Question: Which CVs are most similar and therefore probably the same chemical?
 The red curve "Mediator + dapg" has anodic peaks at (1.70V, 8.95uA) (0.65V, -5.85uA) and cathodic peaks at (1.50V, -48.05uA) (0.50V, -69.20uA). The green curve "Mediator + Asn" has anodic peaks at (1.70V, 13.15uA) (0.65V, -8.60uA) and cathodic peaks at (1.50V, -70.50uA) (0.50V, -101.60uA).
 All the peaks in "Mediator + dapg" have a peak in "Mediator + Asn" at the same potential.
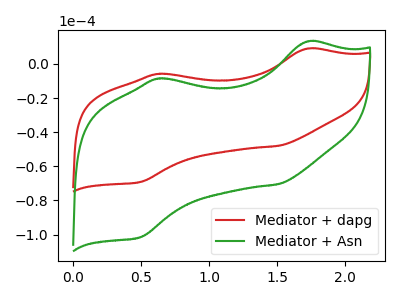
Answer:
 <answer>"Mediator + dapg" and "Mediator + Asn" have the same shape and are likely CV's of the same chemical.</answer>
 <eval>"Mediator + dapg" "Mediator + Asn"</eval>